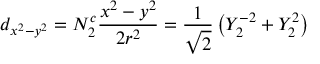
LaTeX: d _ { x ^ { 2 } - y ^ { 2 } } = N _ { 2 } ^ { c } { \frac { x ^ { 2 } - y ^ { 2 } } { 2 r ^ { 2 } } } = { \frac { 1 } { \sqrt { 2 } } } \left( Y _ { 2 } ^ { - 2 } + Y _ { 2 } ^ { 2 } \right)